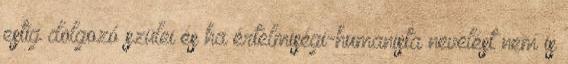
estig dolgozó szülei és ha értelmiségi-humanista nevelést nem is